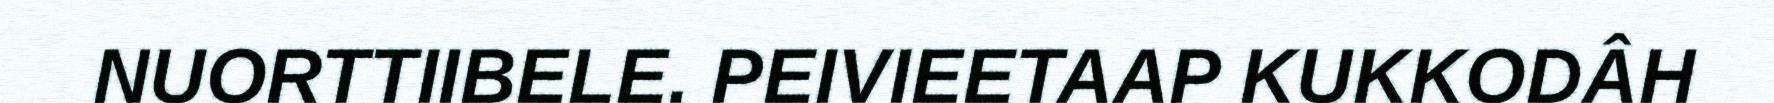
NUORTTIIBELE. PEIVIEETAAP KUKKODÂH